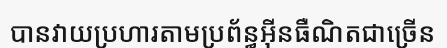
បានវាយប្រហារតាមប្រព័ន្ធអ៊ីនធឺណិតជាច្រើន